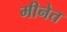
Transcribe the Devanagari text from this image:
मीनेत